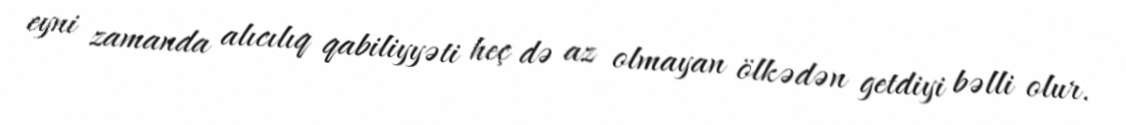
eyni zamanda alıcılıq qabiliyyəti heç də az olmayan ölkədən getdiyi bəlli olur.